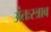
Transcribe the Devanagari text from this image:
अंतःस्त्राव